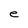
Character: e